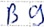
Text: B9